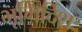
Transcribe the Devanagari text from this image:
भूमिर्दिशः